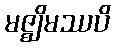
မဇ္ဈိမဿပိ